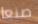
صنعا